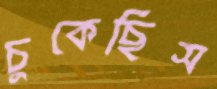
চুকেছিস